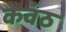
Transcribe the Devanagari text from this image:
कवंठ